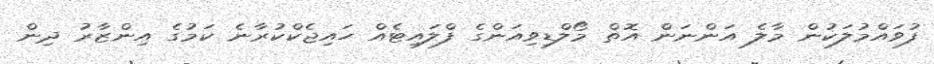
ފުވައްމުލަކުން މާލެ އަންނަން އޮތް މޯލްޑިވިއަންގެ ފްލައިޓެއް ހައިޖެކްކުރާނެ ކަމުގެ އިންޒާރު ދިން